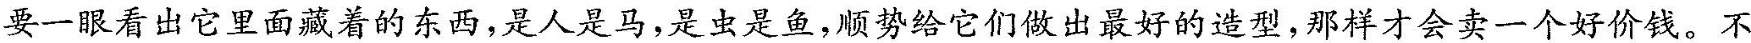
要一眼看出它里面藏着的东西，是人是马，是虫是鱼，顺势给它们做出最好的造型,那样才会卖一个好价钱。不